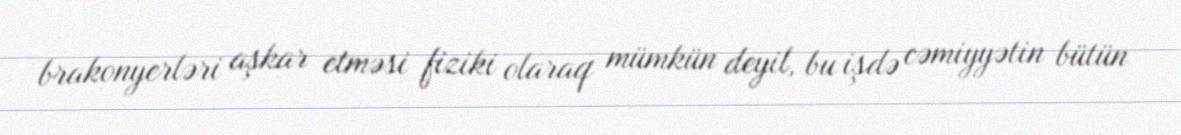
brakonyerləri aşkar etməsi fiziki olaraq mümkün deyil, bu işdə cəmiyyətin bütün